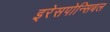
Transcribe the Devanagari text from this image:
इरेसपोन्सिबल